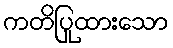
ကတိပြုထားသော